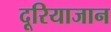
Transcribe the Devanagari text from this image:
दूरियाजान